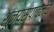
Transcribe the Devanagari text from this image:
शून्यसंपादनेय